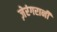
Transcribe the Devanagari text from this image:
ज़ेरंगरानी